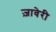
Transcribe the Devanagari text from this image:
ज़ावेरी